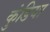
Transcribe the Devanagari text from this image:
कुंडिया